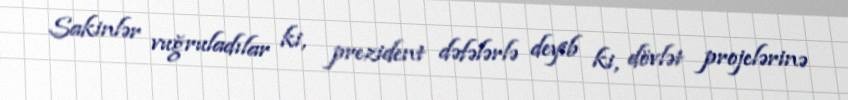
Sakinlər vuğruladılar ki, prezident dəfələrlə deyib ki, dövlət projelərinə